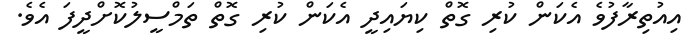
އިއުތިރާފުވެ އެކަން ކުރި ގޮތް ކިޔައިދީ އެކަން ކުރި ގޮތް ތަމްސީލުކޮށްދީފަ އެވެ.